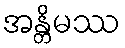
အန္တိမဿ